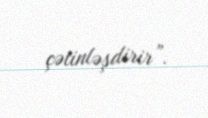
çətinləşdirir”.